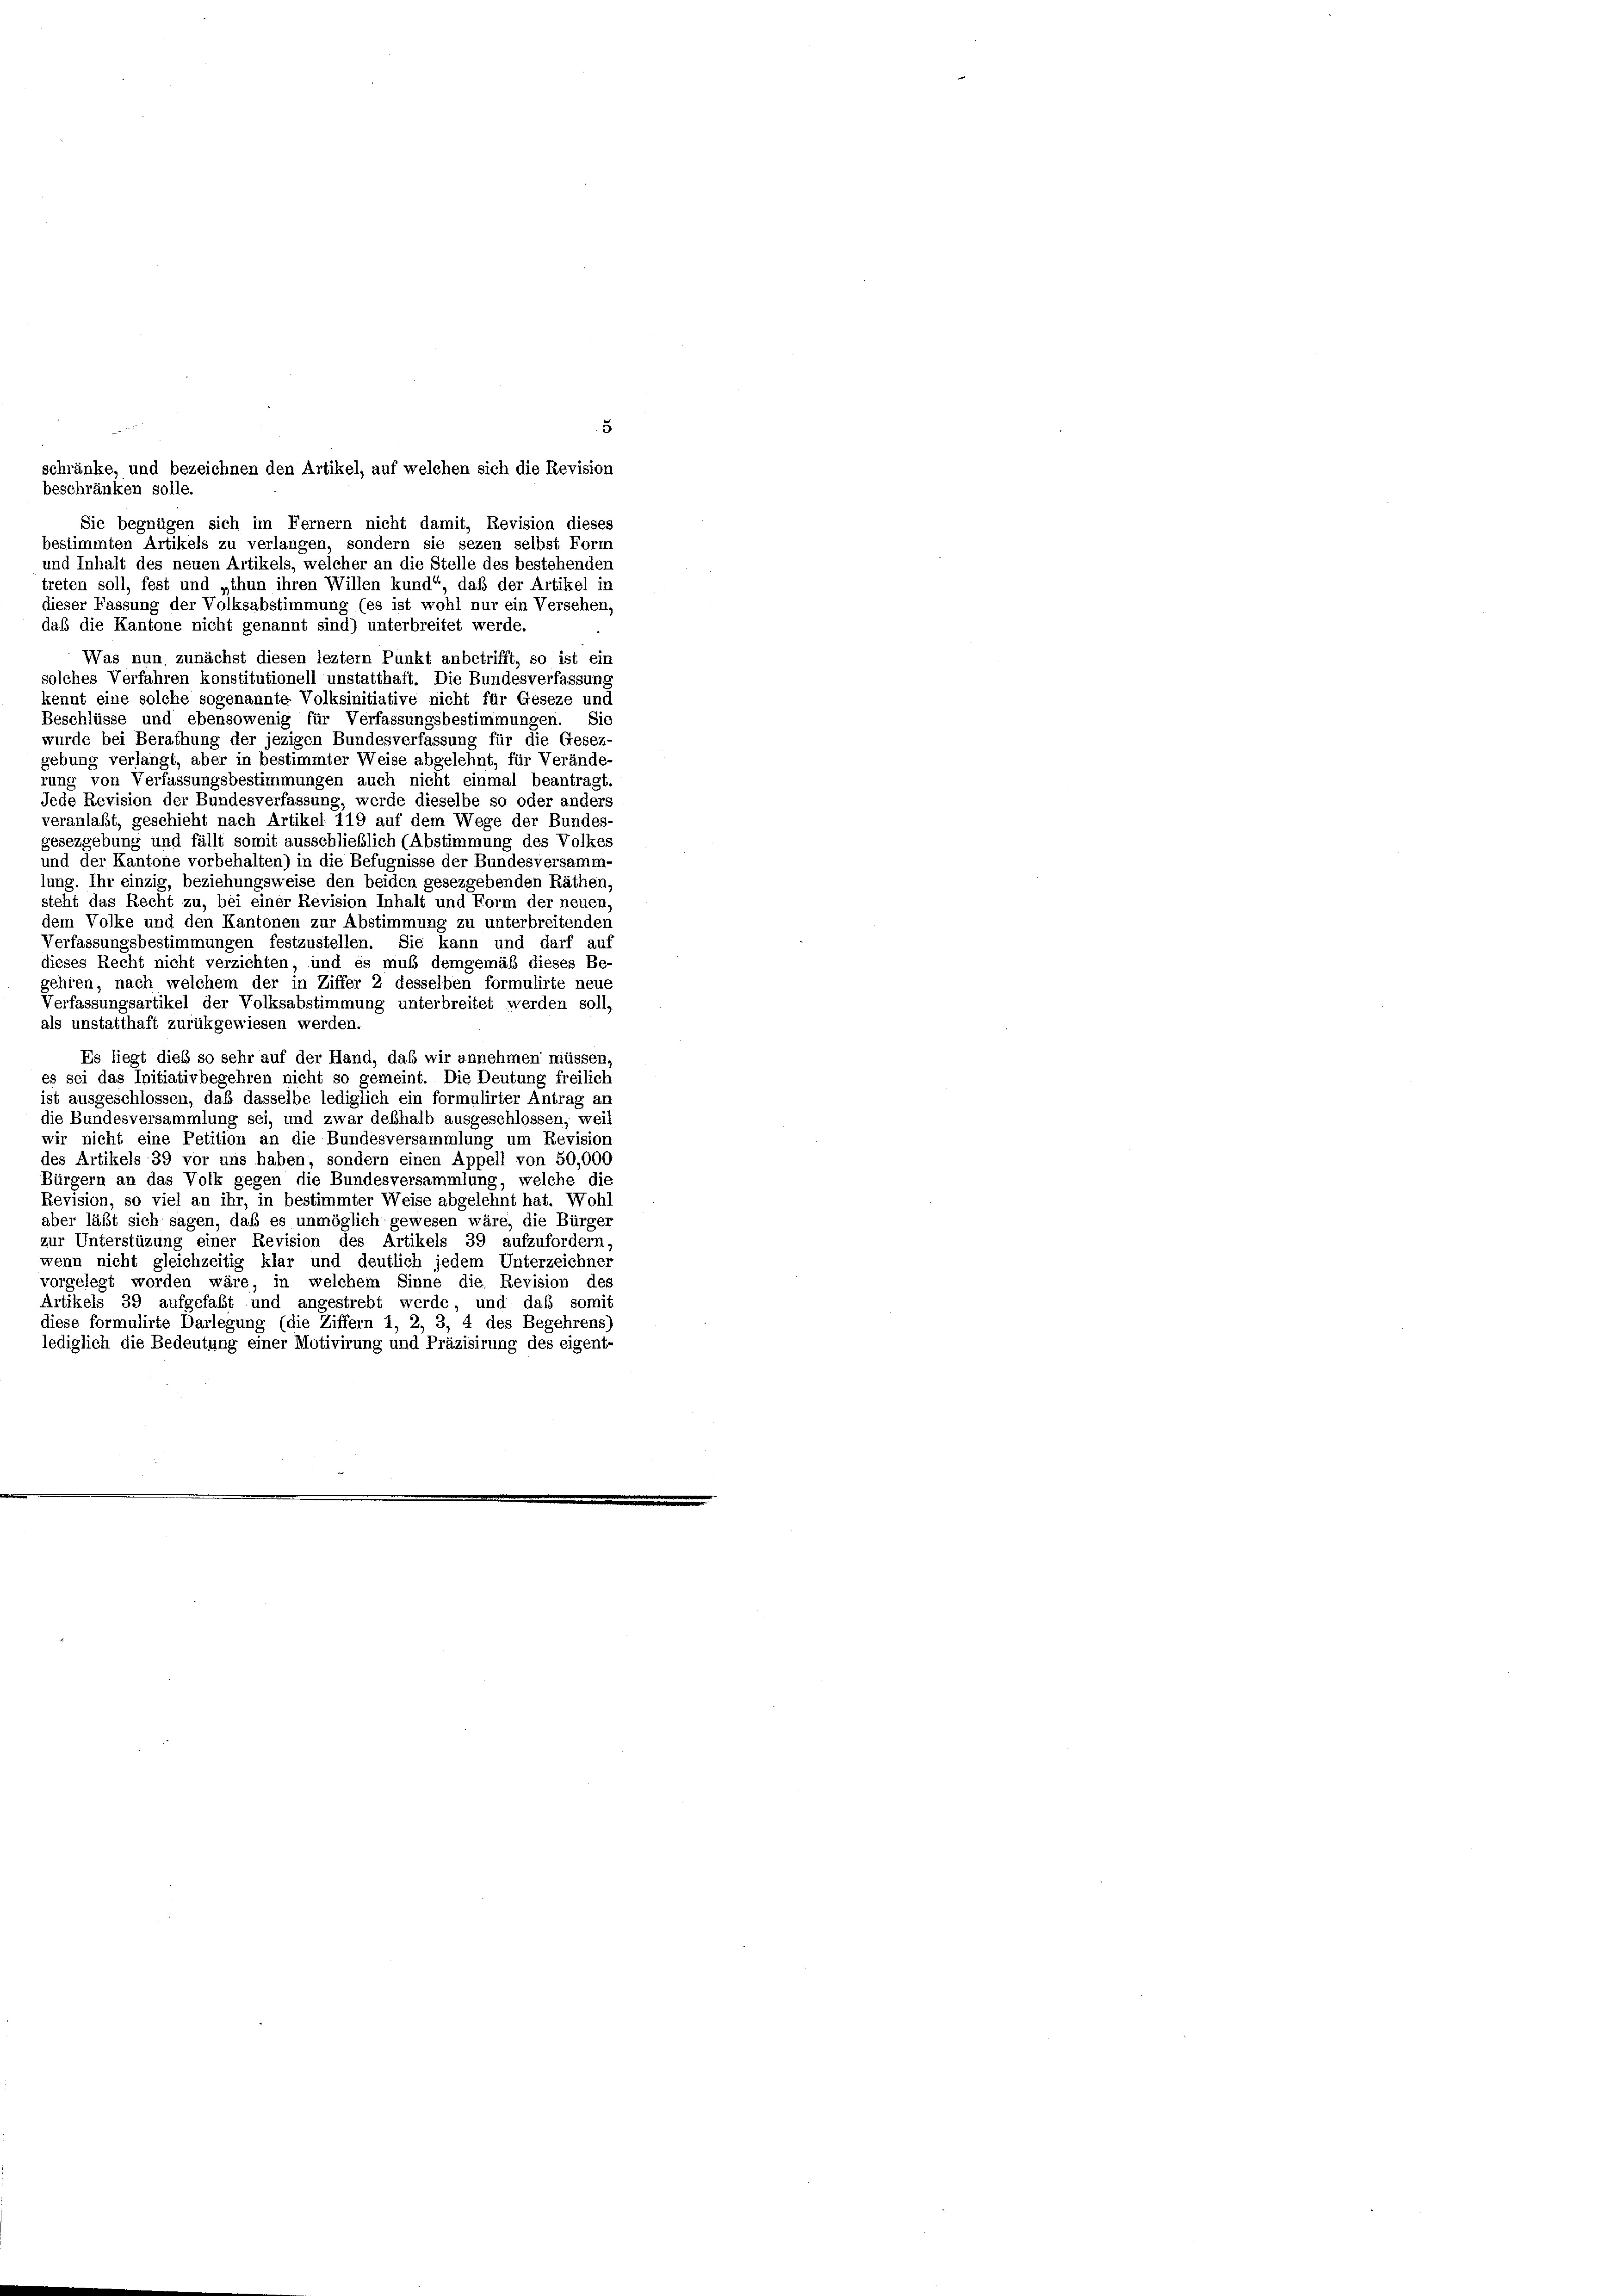
5
Verfassungsbestimmungen festzustellen. Sie kann und darf auf
dieses Recht nicht verzichten, und es muß demgemäß dieses Be-
gehren, nach welchem der in Ziffer 2 desselben formulirte neue
Verfassungsartikel der Volksabstimmung unterbreitet werden soll,
als unstatthaft zurükgewiesen werden.
Es liegt dies so sehr auf der Hand, daß wir annehmen müssen
es sei das Initiativbegehren nicht so gemeint. Die Deutung freilich
ist ausgeschlossen, daß dasselbe lediglich ein formulirter Antrag ar
die Bundesversammlung sei, und zwar deßhalb ausgeschlossen, weil
wir nicht eine Petition an die Bundesversammlung um Revision
des Artikels 39 vor uns haben, sondern einen Appell von 50,000
Bürgern an das Volk gegen die Bundesversammlung, welche die
Revision, so viel an ihr, in bestimmter Weise abgelehnt hat. Wohl
aber läßt sich sagen, daß es unmöglich gewesen wäre, die Bürger
zur Unterstüzung einer Revision des Artikels 39 aufzufordern
wenn nicht gleichzeitig klar und deutlich jedem Unterzeichner
vorgelegt worden wäre, in welchem Sinne die Revision des
Artikels 39 aufgefaßt und angestrebt werde und daß somit
diese formulirte Darlegung (die Ziffern 1, 2, 3, 4 des Begehrens)
lediglich die Bedeutung einer Motivirung und Präzisirung des eigent-

beschränken solle.
Sie begnügen sich im Fernern nicht damit, Revision dieses
bestimmten Artikels zu verlangen, sondern sie sezen selbst Form
und Inhalt des neuen Artikels, welcher an die Stelle des bestehenden
treten soll, fest und „thun ihren Willen kund“, daß der Artikel in
dieser Fassung der Volksabstimmung (es ist wohl nur ein Versehen,
daß die Kantone nicht genannt sind) unterbreitet werde.
Was nun zunächst diesen leztem Punkt anbetrifft, so ist ein
solches Verfahren konstitutionell unstatthaft. Die Bundesverfassung
kennt eine solche sogenannte Volksinitiative nicht für Geseze und
Beschlüsse und ebensowenig für Verfassungsbestimmungen. Sie
wurde bei Berathung der jezigen Bundesverfassung für die Gesez-
gebung verlangt, aber in bestimmter Weise abgelehnt, für Verände-
rung von Verfassungsbestimmungen auch nicht einmal beantragt.
Jede Revision der Bundesverfassung, werde dieselbe so oder anders
veranlaßt, geschieht nach Artikel 119 auf dem Wege der Bundes-
gesezgebung und fällt somit ausschließlich (Abstimmung des Volkes
und der Kantone vorbehalten) in die Befugnisse der Bundesversamm-
lung. Ihr einzig, beziehungsweise den beiden gesezgebenden Räthen,
steht das Recht zu, bei einer Revision Inhalt und Form der neuen,
dem Volke und den Kantonen zur Abstimmung zu unterbreitenden

schränke, und bezeichnen den Artikel, auf welchen sich die Revision